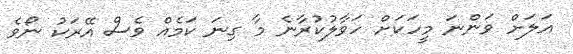
އަލަށް ވަންނަ މީހަކަށް ހަވާލުކުރާނެ މާ ގިނަ ކަމެއް ވެސް އޭރަކު ނޯވެ